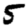
Digit: 5